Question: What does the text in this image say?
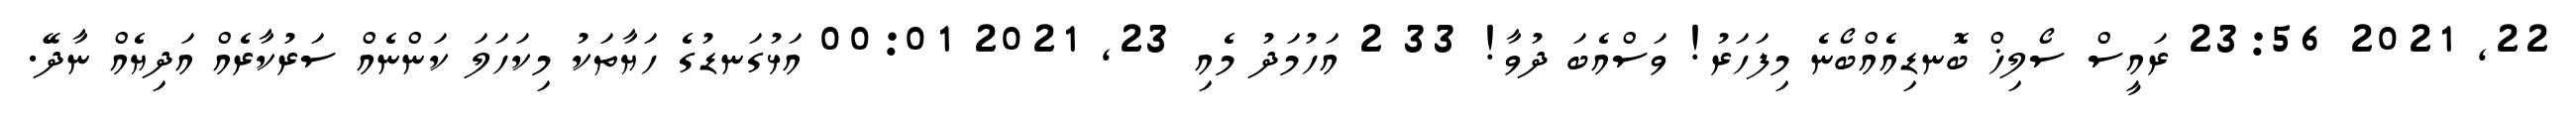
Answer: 22, 2021 23:56 ރައީސް ސޯލިޚް ބޮނޑިއެއްބޯނެ މިފަހަރު! ވަސްއެބަ ދުވާ! 33 2 އަހުމަދު މެއި 23, 2021 00:01 އަޅުގަނޑުގެ ހަޔާތަކު މިކަހަލަ ކަންނެއް ސަރުކާރެއް އަދިޔެއް ނާދޭ.